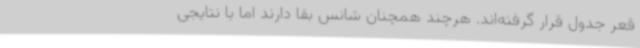
قعر جدول قرار گرفته‌اند. هرچند همچنان شانس بقا دارند اما با نتایجی